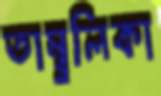
তাম্বুলিকা